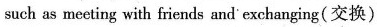
such as meeting with friends and exchanging(交换)